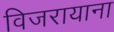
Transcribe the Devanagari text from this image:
विजरायाना